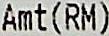
AMT(RM)